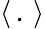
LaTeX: \langle\, .\, \rangle